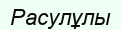
Расулұлы